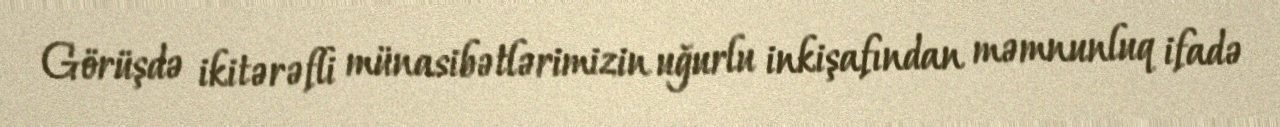
Görüşdə ikitərəfli münasibətlərimizin uğurlu inkişafından məmnunluq ifadə